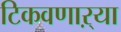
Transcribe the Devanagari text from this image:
टिकवणाऱ्या